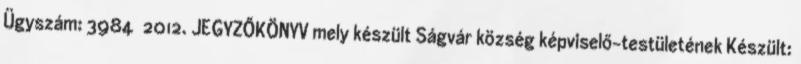
Ügyszám: 3984 2012. JEGYZŐKÖNYV mely készült Ságvár község képviselő-testületének Készült: